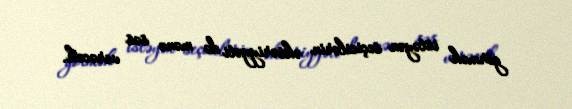
görmək istəyən seçicilərin əksəriyyəti də mənə səs verəcək.